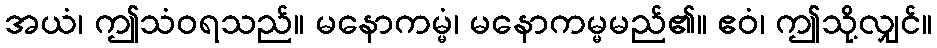
အယံ၊ ဤသံဝရသည်။ မနောကမ္မံ၊ မနောကမ္မမည်၏။ ဧဝံ၊ ဤသို့လျှင်။